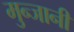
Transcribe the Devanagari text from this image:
मुन्जानी